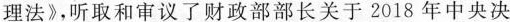
理法》，听取和审议了财政部部长关于2018年中央决